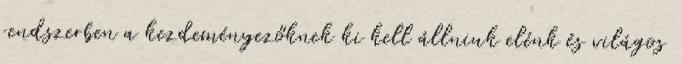
rendszerben a kezdeményezőknek ki kell állniuk elénk és világos